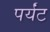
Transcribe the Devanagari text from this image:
पर्यंट